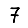
Digit: 7